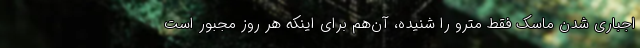
اجباری شدن ماسک فقط مترو را شنیده، آن‌هم برای اینکه هر روز مجبور است